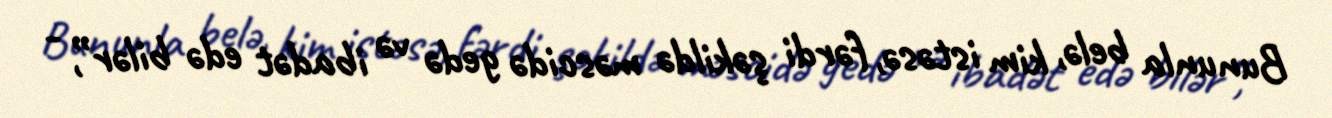
Bununla belə, kim istəsə, fərdi şəkildə məscidə gedə və ibadət edə bilər”, -